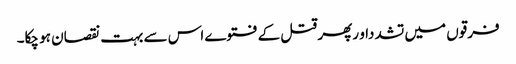
فرقوں میں تشدداو رپھر قتل کے فتوے اس سے بہت نقصان ہو چکا۔